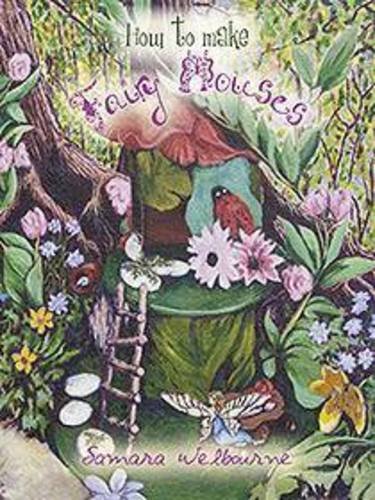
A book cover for How to Make Fairy Houses; Samara Welbourne; Teen & Young Adult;